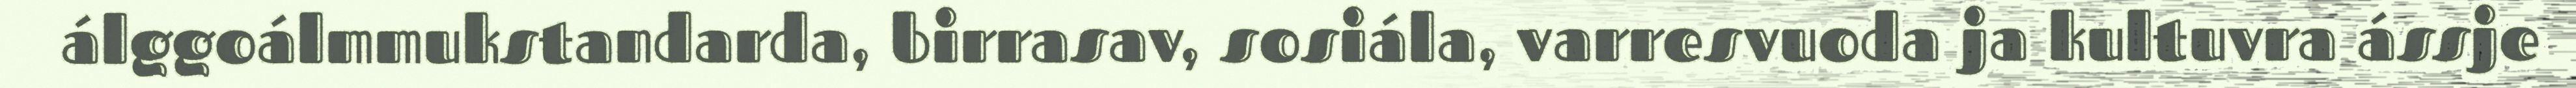
álggoálmmukstandarda, birrasav, sosiála, varresvuoda ja kultuvra ássje